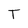
Character: T